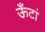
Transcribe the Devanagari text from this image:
ऊँटां